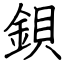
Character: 鋇